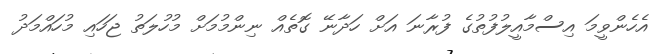
އެހެންވީމަ އިސްމާއީލުފުތުގެ ފުރާނަ އަށް ހަދާނޭ ގޮތެއް ނިންމުމަށް މުހުލަތު ޖަހައި މުހައްމަދު